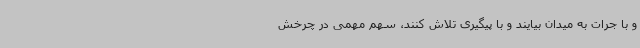
و با جرات به میدان بیایند و با پیگیری تلاش کنند، سهم مهمی در چرخش